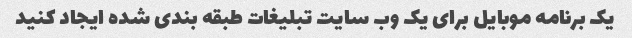
یک برنامه موبایل برای یک وب سایت تبلیغات طبقه بندی شده ایجاد کنید